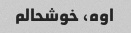
اوه، خوشحالم